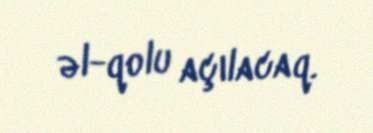
əl-qolu açılacaq.